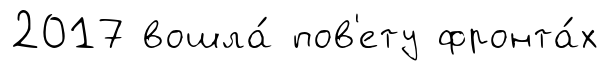
2017 вошла́ пов'ету фронта́х